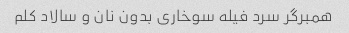
همبرگر سرد فیله سوخاری بدون نان و سالاد کلم